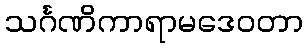
သင်္ဂဏိကာရာမဒေဝတာ